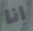
انا